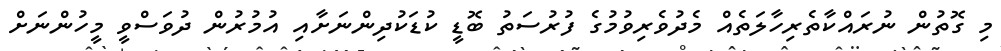
މި ގޮތުން ނުރައްކާތެރިހާލަތެއް މެދުވެރިވުމުގެ ފުރުސަތު ބޮޑީ ކުޑަކުދިންނަށާއި އުމުރުން ދުވަސްވީ މީހުންނަށް